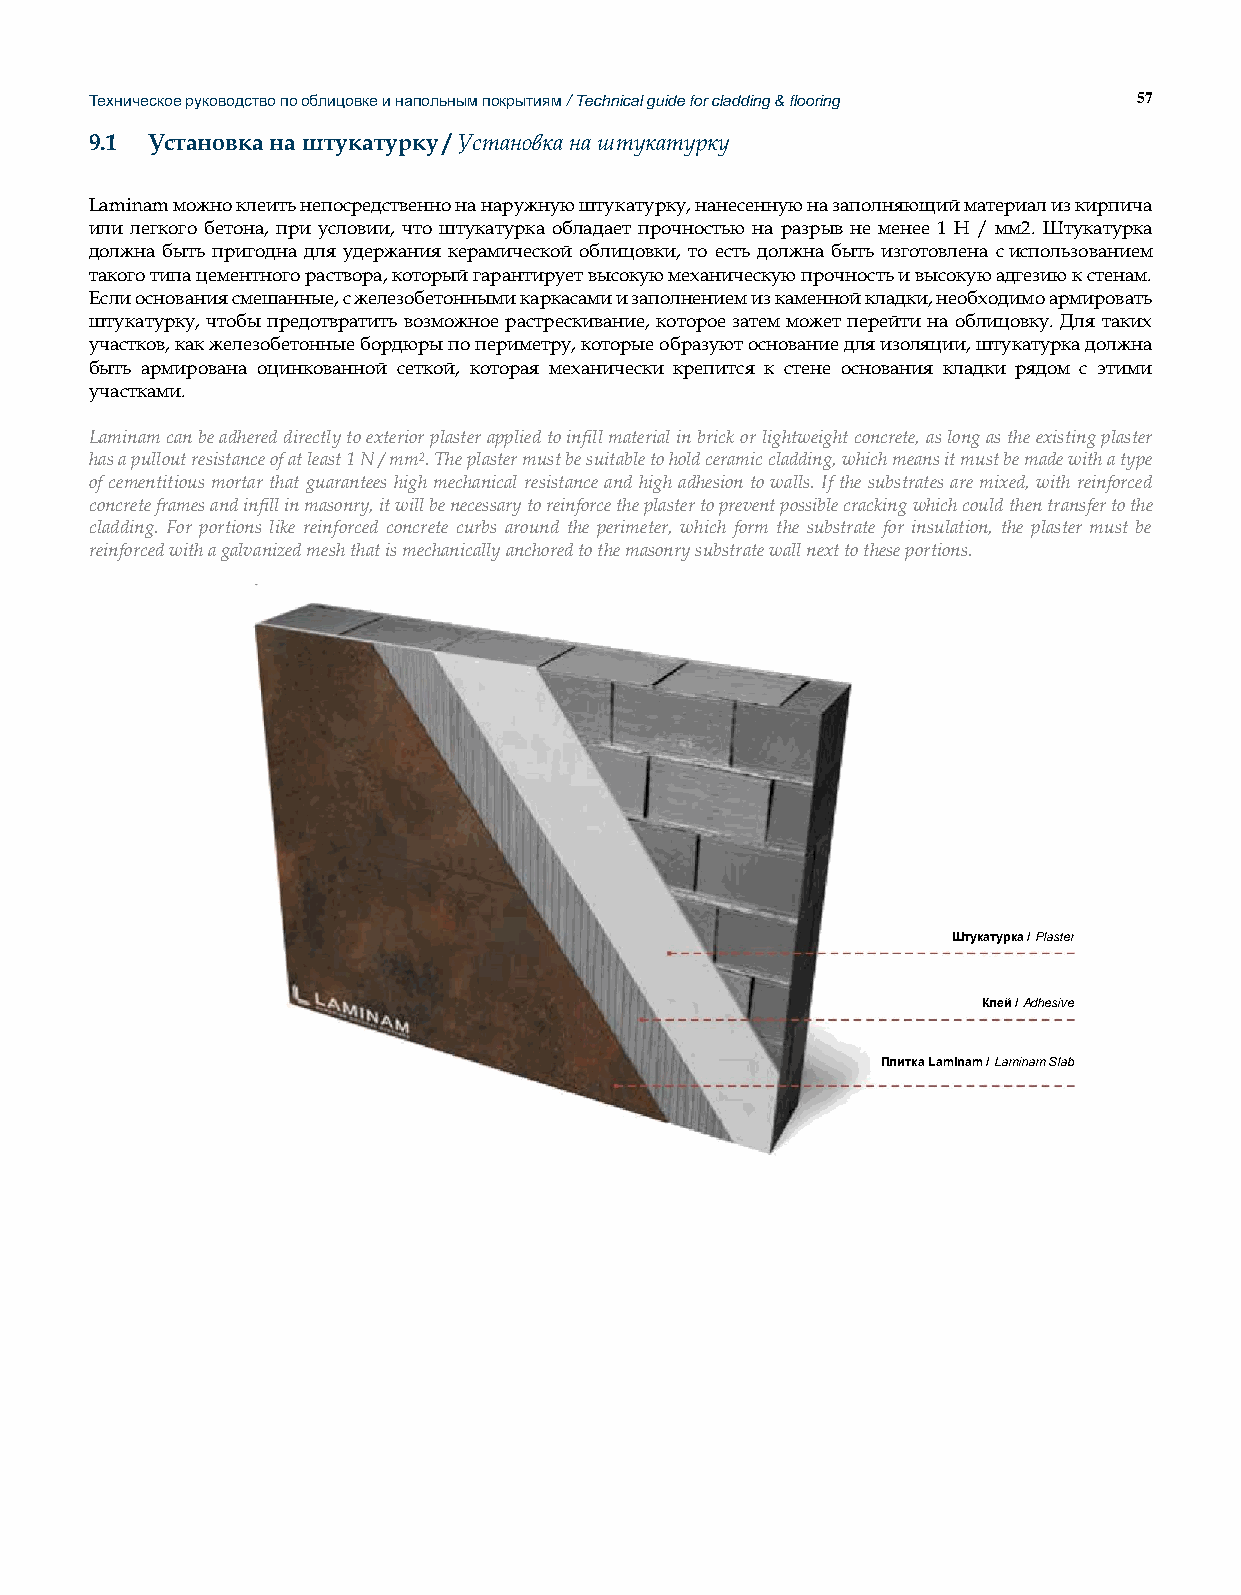
Техническое руководство по облицовке и напольным покрытиям / Technical guide for cladding & flooring 57
 9.1 Установка на штукатурку / Установка на штукатурку
 Laminam можно клеить непосредственно на наружную штукатурку, нанесенную на заполняющий материал из кирпича
 или легкого бетона, при условии, что штукатурка обладает прочностью на разрыв не менее 1 Н / мм2. Штукатурка
 должна быть пригодна для удержания керамической облицовки, то есть должна быть изготовлена с использованием
 такого типа цементного раствора, который гарантирует высокую механическую прочность и высокую адгезию к стенам.
 Если основания смешанные, с железобетонными каркасами и заполнением из каменной кладки, необходимо армировать
 штукатурку, чтобы предотвратить возможное растрескивание, которое затем может перейти на облицовку. Для таких
 участков, как железобетонные бордюры по периметру, которые образуют основание для изоляции, штукатурка должна
 быть армирована оцинкованной сеткой, которая механически крепится к стене основания кладки рядом с этими
 участками.
 Laminam can be adhered directly to exterior plaster applied to infill material in brick or lightweight concrete, as long as the existing plaster
 has a pullout resistance of at least 1 N / mm2. The plaster must be suitable to hold ceramic cladding, which means it must be made with a type
 of cementitious mortar that guarantees high mechanical resistance and high adhesion to walls. If the substrates are mixed, with reinforced
 concrete frames and infill in masonry, it will be necessary to reinforce the plaster to prevent possible cracking which could then transfer to the
 cladding. For portions like reinforced concrete curbs around the perimeter, which form the substrate for insulation, the plaster must be
 reinforced with a galvanized mesh that is mechanically anchored to the masonry substrate wall next to these portions.
 Штукатурка / Plaster
 Клей / Adhesive
 Плитка Laminam / Laminam Slab